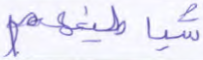
شياطينهم